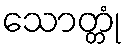
သောတ္တုံ